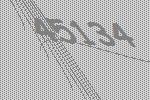
45134